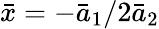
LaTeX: \bar{x}=-{{\bar{a}}_{1}}/2{{\bar{a}}_{2}}